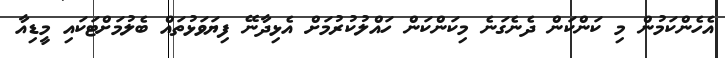
އެހެންކަމުން މި ކަންކަން ދެނެގަނެ މިކަންކަން ހައްލުކުރުމަށް އެޅިދާނޭ ފިޔަވަޅުތައް ބެލުމަށްޓަކައި މީޑިއާ